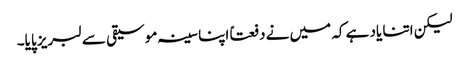
لیکن اتنا یاد ہے کہ میں نے دفعتاً اپنا سینہ موسیقی سے لبریز پایا۔